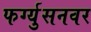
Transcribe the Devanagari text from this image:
फर्ग्युसनवर